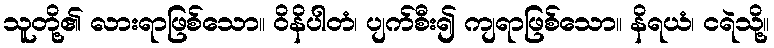
သူတို့၏ လားရာဖြစ်သော။ ဝိနိပါတံ၊ ပျက်စီး၍ ကျရာဖြစ်သော။ နိရယံ၊ ငရဲသို့။